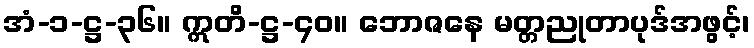
အံ-၁-ဋ္ဌ-၃၆။ ဣတိ-ဋ္ဌ-၄၀။ ဘောဇနေ မတ္တညုတာပုဒ်အဖွင့်၊